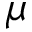
\mu